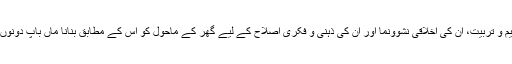
اس لیے میں یہ گزارش کروں گا کہ بچوں کی تعلیم و تربیت، ان کی اخلاقی نشوونما اور ان کی ذہنی و فکری اصلاح کے لیے گھر کے ماحول کو اس کے مطابق بنانا ماں باپ دونوں کی اور خاص طور پر عورت کی ذمہ داری ہے۔